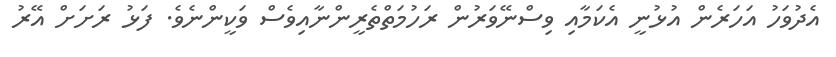
އެދުވަހު އަހަރެން އުޅުނީ އެކަމާއި ވިސްނޭވަރުން ރަހުމަތްތެރީންނާއިވެސް ވަކީންނެވެ. ފަޅު ރަށަށް އޭރު